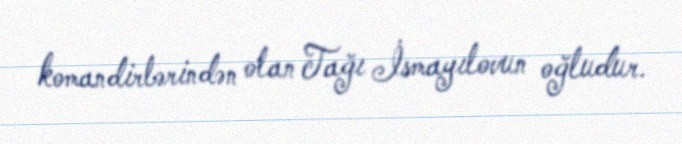
komandirlərindən olan Tağı İsmayılovun oğludur.